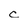
Character: c